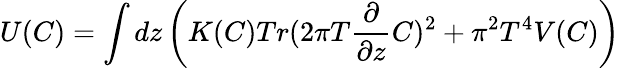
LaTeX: U(C)=\int dz\left(K(C)Tr(2\pi T{\frac{\partial}{\partial z}}C)^{2}+\pi^{2}T^{4}V(C)\right)